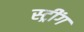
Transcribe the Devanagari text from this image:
स्ट्रींग